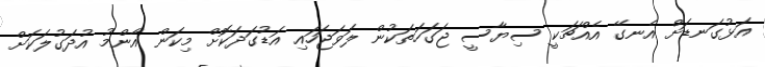
އަޅުގަނޑަށް އެނގޭ އެއްޗަކީ ސިޔާސީ ޖަގަހަތަކުން ލަވަޖަހައި އަޑުގަދަކޮށް މިކަން އާންމު އުދަގުލަކަށް